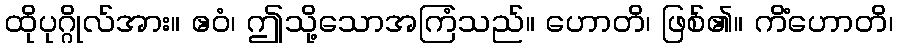
ထိုပုဂ္ဂိုလ်အား။ ဧဝံ၊ ဤသို့သောအကြံသည်။ ဟောတိ၊ ဖြစ်၏။ ကိံဟောတိ၊